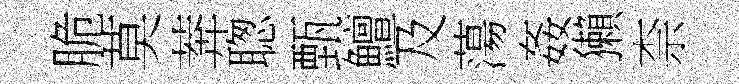
脆莫莾聦甄鱣及蕩姦獺柰